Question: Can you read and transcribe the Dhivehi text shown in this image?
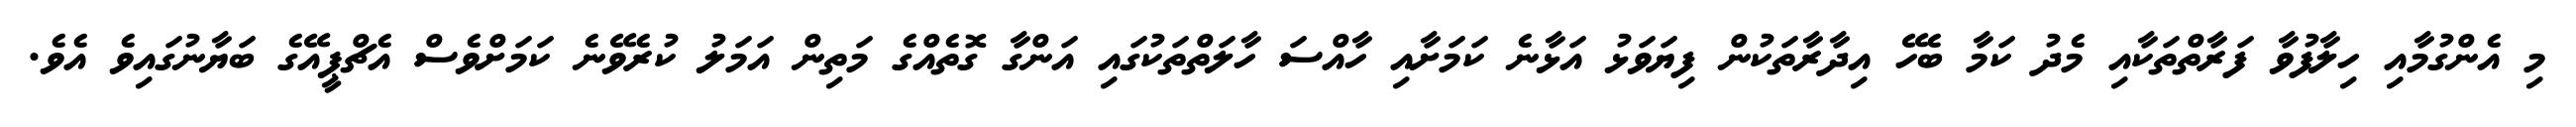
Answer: މި އެންގުމާއި ހިލާފުވާ ފަރާތްތަކާއި މެދު ކަމާ ބެހޭ އިދާރާތަކުން ފިޔަވަޅު އަޅާނެ ކަމަށާއި ހާއްސަ ހާލަތްތަކުގައި އަންގާ ގޮތެއްގެ މަތިން އަމަލު ކުރެވޭނެ ކަމަށްވެސް އެޗްޕީއޭގެ ބަޔާނުގައިވެ އެވެ.